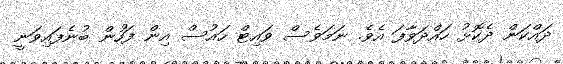
ދައްކަން ދެކޮޅު ހައްދަވާފަ އެވެ. ނަމަވެސް ވައިޓް ހައުސް އިން ފަހުން ބުނެފައިވަނީ